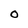
Character: O